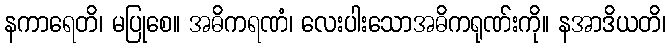
နကာရေတိ၊ မပြုစေ။ အဓိကရဏံ၊ လေးပါးသောအဓိကရုဏ်းကို။ နအာဒိယတိ၊